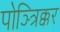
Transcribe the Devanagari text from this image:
पोञ्त्रिक्कर